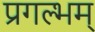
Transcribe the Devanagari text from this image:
प्रगल्भम्